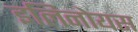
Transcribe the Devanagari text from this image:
इलिनोयस